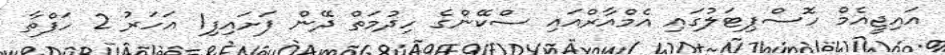
އައިޖީއެމް ހޮސްޕިޓަލުގައި އެމްއާރްއައި ސްކޭންގެ ހިދުމަތް ދޭން ފަށައިފި1 އަހަރު 2 ހަފްތާ